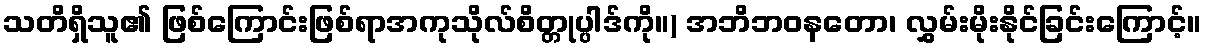
သတိရှိသူ၏ ဖြစ်ကြောင်းဖြစ်ရာအကုသိုလ်စိတ္တုပ္ပါဒ်ကို။) အဘိဘဝနတော၊ လွှမ်းမိုးနိုင်ခြင်းကြောင့်။